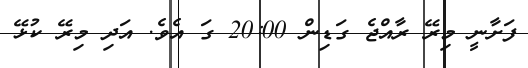
ފަށާނީ މިރޭ ރާއްޖެ ގަޑިން 20:00 ގަ އެވެ. އަދި މިރޭ ކުޅޭ